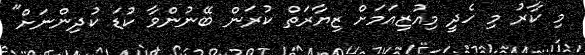
މި ކާރު މި ހެދީ މިއުޒިއަމަށް ޒިޔާރަތް ކުރަން ބޭނުންވާ ކުޑަ ކުދިންނަށް"